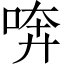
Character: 喯